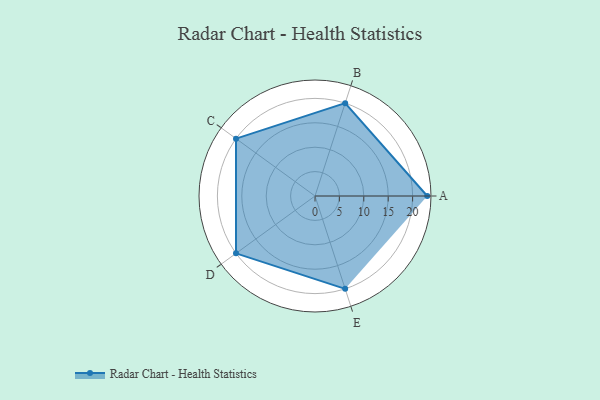
{"axis": {"x": "Skill", "y": "Score"}, "legend": ["Profile"], "data": [{"x": "A", "y": 23.0, "type": "Profile"}, {"x": "B", "y": 20, "type": "Profile"}, {"x": "C", "y": 20, "type": "Profile"}, {"x": "D", "y": 20, "type": "Profile"}, {"x": "E", "y": 20, "type": "Profile"}]}